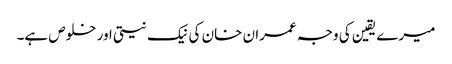
میرے یقین کی وجہ عمران خان کی نیک نیتی اور خلوص ہے۔